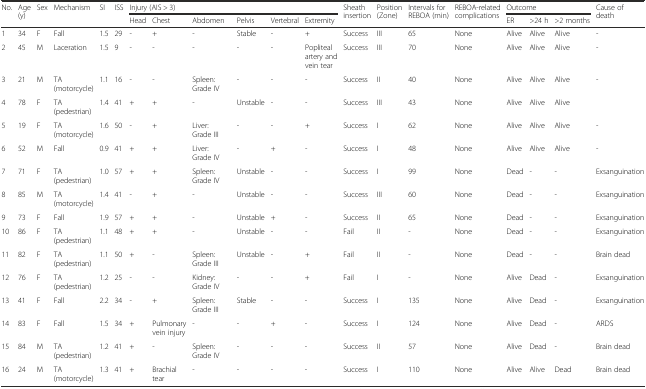
<table><thead><tr><td rowspan="2"><b>No.</b></td><td rowspan="2"><b>Age (y)</b></td><td rowspan="2"><b>Sex</b></td><td rowspan="2"><b>Mechanism</b></td><td rowspan="2"><b>SI</b></td><td rowspan="2"><b>ISS</b></td><td colspan="6"><b>Injury (AIS &gt; 3)</b></td><td rowspan="2"><b>Sheath insertion</b></td><td rowspan="2"><b>Position (Zone)</b></td><td rowspan="2"><b>Intervals for REBOA (min)</b></td><td rowspan="2"><b>REBOA-related complications</b></td><td colspan="3"><b>Outcome</b></td><td rowspan="2"><b>Cause of death</b></td></tr><tr><td><b>Head</b></td><td><b>Chest</b></td><td><b>Abdomen</b></td><td><b>Pelvis</b></td><td><b>Vertebral</b></td><td><b>Extremity</b></td><td><b>ER</b></td><td><b>&gt;24 h</b></td><td><b>&gt;2 months</b></td></tr></thead><tbody><tr><td>1</td><td>34</td><td>F</td><td>Fall</td><td>1.5</td><td>29</td><td>-</td><td>+</td><td>-</td><td>Stable</td><td>-</td><td>+</td><td>Success</td><td>III</td><td>65</td><td>None</td><td>Alive</td><td>Alive</td><td>Alive</td><td>-</td></tr><tr><td>2</td><td>45</td><td>M</td><td>Laceration</td><td>1.5</td><td>9</td><td>-</td><td>-</td><td>-</td><td>-</td><td>-</td><td>Popliteal artery and vein tear</td><td>Success</td><td>III</td><td>70</td><td>None</td><td>Alive</td><td>Alive</td><td>Alive</td><td>-</td></tr><tr><td>3</td><td>21</td><td>M</td><td>TA (motorcycle)</td><td>1.1</td><td>16</td><td>-</td><td>-</td><td>Spleen: Grade IV</td><td>-</td><td>-</td><td>-</td><td>Success</td><td>II</td><td>40</td><td>None</td><td>Alive</td><td>Alive</td><td>Alive</td><td>-</td></tr><tr><td>4</td><td>78</td><td>F</td><td>TA (pedestrian)</td><td>1.4</td><td>41</td><td>+</td><td>+</td><td>-</td><td>Unstable</td><td>-</td><td>-</td><td>Success</td><td>III</td><td>43</td><td>None</td><td>Alive</td><td>Alive</td><td>Alive</td><td></td></tr><tr><td>5</td><td>19</td><td>F</td><td>TA (motorcycle)</td><td>1.6</td><td>50</td><td>-</td><td>+</td><td>Liver: Grade III</td><td>-</td><td>-</td><td>+</td><td>Success</td><td>I</td><td>62</td><td>None</td><td>Alive</td><td>Alive</td><td>Alive</td><td>-</td></tr><tr><td>6</td><td>52</td><td>M</td><td>Fall</td><td>0.9</td><td>41</td><td>+</td><td>+</td><td>Liver: Grade IV</td><td>-</td><td>+</td><td>-</td><td>Success</td><td>I</td><td>48</td><td>None</td><td>Alive</td><td>Alive</td><td>Alive</td><td>-</td></tr><tr><td>7</td><td>71</td><td>F</td><td>TA (pedestrian)</td><td>1.0</td><td>57</td><td>+</td><td>+</td><td>Spleen: Grade IV</td><td>Unstable</td><td>-</td><td>-</td><td>Success</td><td>I</td><td>99</td><td>None</td><td>Dead</td><td>-</td><td>-</td><td>Exsanguination</td></tr><tr><td>8</td><td>85</td><td>M</td><td>TA (motorcycle)</td><td>1.4</td><td>41</td><td>-</td><td>+</td><td>-</td><td>Unstable</td><td>-</td><td>-</td><td>Success</td><td>III</td><td>60</td><td>None</td><td>Dead</td><td>-</td><td>-</td><td>Exsanguination</td></tr><tr><td>9</td><td>73</td><td>F</td><td>Fall</td><td>1.9</td><td>57</td><td>+</td><td>+</td><td>-</td><td>Unstable</td><td>+</td><td>-</td><td>Success</td><td>II</td><td>65</td><td>None</td><td>Dead</td><td>-</td><td>-</td><td>Exsanguination</td></tr><tr><td>10</td><td>86</td><td>F</td><td>TA (pedestrian)</td><td>1.1</td><td>48</td><td>+</td><td>+</td><td>-</td><td>Unstable</td><td>-</td><td>-</td><td>Fail</td><td>II</td><td>-</td><td>None</td><td>Dead</td><td>-</td><td>-</td><td>Exsanguination</td></tr><tr><td>11</td><td>82</td><td>F</td><td>TA (pedestrian)</td><td>1.1</td><td>50</td><td>+</td><td>-</td><td>Spleen: Grade III</td><td>Unstable</td><td>-</td><td>+</td><td>Fail</td><td>II</td><td>-</td><td>None</td><td>Dead</td><td>-</td><td>-</td><td>Brain dead</td></tr><tr><td>12</td><td>76</td><td>F</td><td>TA (pedestrian)</td><td>1.2</td><td>25</td><td>-</td><td>-</td><td>Kidney: Grade IV</td><td>-</td><td>-</td><td>+</td><td>Fail</td><td>I</td><td>-</td><td>None</td><td>Alive</td><td>Dead</td><td>-</td><td>Exsanguination</td></tr><tr><td>13</td><td>41</td><td>F</td><td>Fall</td><td>2.2</td><td>34</td><td>-</td><td>+</td><td>Spleen: Grade III</td><td>Stable</td><td>-</td><td>-</td><td>Success</td><td>I</td><td>135</td><td>None</td><td>Alive</td><td>Dead</td><td>-</td><td>Exsanguination</td></tr><tr><td>14</td><td>83</td><td>F</td><td>Fall</td><td>1.5</td><td>34</td><td>+</td><td>Pulmonary vein injury</td><td>-</td><td>-</td><td>+</td><td>-</td><td>Success</td><td>I</td><td>124</td><td>None</td><td>Alive</td><td>Dead</td><td>-</td><td>ARDS</td></tr><tr><td>15</td><td>84</td><td>M</td><td>TA (pedestrian)</td><td>1.2</td><td>41</td><td>+</td><td>-</td><td>Spleen: Grade IV</td><td>-</td><td>-</td><td>-</td><td>Success</td><td>II</td><td>57</td><td>None</td><td>Alive</td><td>Dead</td><td>-</td><td>Brain dead</td></tr><tr><td>16</td><td>24</td><td>M</td><td>TA (motorcycle)</td><td>1.3</td><td>41</td><td>+</td><td>Brachial tear</td><td>-</td><td>-</td><td>-</td><td>-</td><td>Success</td><td>I</td><td>110</td><td>None</td><td>Alive</td><td>Alive</td><td>Dead</td><td>Brain dead</td></tr></tbody></table>